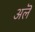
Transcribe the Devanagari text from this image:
अलॆ